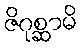
ဇိဂုစ္ဆာမိ